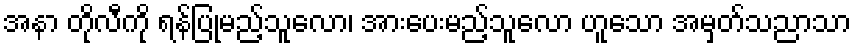
အနာ တိုလီကို ရန်ပြုမည့်သူလော၊ အားပေးမည့်သူလော ဟူသော အမှတ်သညာသာ